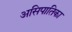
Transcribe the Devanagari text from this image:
असिपातिका